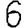
Digit: 6